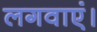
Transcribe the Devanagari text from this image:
लगवाएं।